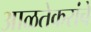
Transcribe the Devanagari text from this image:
आळतेकरांचे